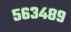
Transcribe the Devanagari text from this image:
५६३४८९